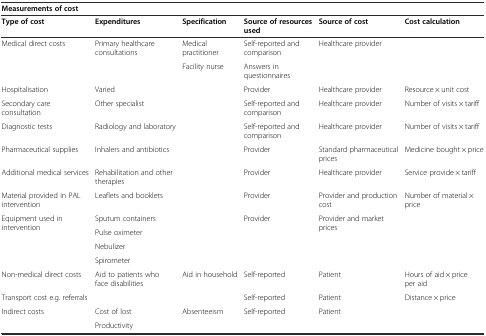
| <COLSPAN=6> Measurements of cost |
 | --- | --- | --- | --- | --- | --- |
 | Type of cost | Expenditures | Specification | Source of resources used | Source of cost | Cost calculation |
 | <ROWSPAN=2> Medical direct costs | <ROWSPAN=2> Primary healthcare consultations | Medical practitioner | Self-reported and comparison | <ROWSPAN=2> Healthcare provider | <ROWSPAN=2>  |
 | Facility nurse | Answers in questionnaires |
 | Hospitalisation | Varied |  | Provider | Healthcare provider | Resource × unit cost |
 | Secondary care consultation | Other specialist |  | Self-reported and comparison | Healthcare provider | Number of visits × tariff |
 | Diagnostic tests | Radiology and laboratory |  | Self-reported and comparison | Healthcare provider | Number of visits × tariff |
 | Pharmaceutical supplies | Inhalers and antibiotics |  | Provider | Standard pharmaceutical prices | Medicine bought × price |
 | Additional medical services | Rehabilitation and other therapies |  | Provider | Healthcare provider | Service provide × tariff |
 | Material provided in PAL intervention | Leaflets and booklets |  | Provider | Provider and production cost | Number of material × price |
 | <ROWSPAN=4> Equipment used in intervention | Sputum containers | <ROWSPAN=4>  | <ROWSPAN=4> Provider | <ROWSPAN=4> Provider and market prices | <ROWSPAN=4>  |
 | Pulse oximeter |
 | Nebulizer |
 | Spirometer |
 | Non-medical direct costs | Aid to patients who face disabilities | Aid in household | Self-reported | Patient | Hours of aid × price per aid |
 | Transport cost e.g. referrals |  |  | Self-reported | Patient | Distance × price |
 | <ROWSPAN=2> Indirect costs | Cost of lost | <ROWSPAN=2> Absenteeism | <ROWSPAN=2> Self-reported | <ROWSPAN=2> Patient | <ROWSPAN=2>  |
 | Productivity |